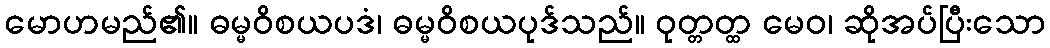
မောဟမည်၏။ ဓမ္မဝိစယပဒံ၊ ဓမ္မဝိစယပုဒ်သည်။ ဝုတ္တတ္ထ မေဝ၊ ဆိုအပ်ပြီးသော